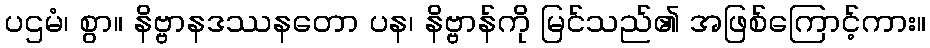
ပဌမံ၊ စွာ။ နိဗ္ဗာနဒဿနတော ပန၊ နိဗ္ဗာန်ကို မြင်သည်၏ အဖြစ်ကြောင့်ကား။